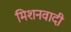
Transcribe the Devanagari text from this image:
मिशनवादी